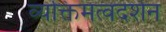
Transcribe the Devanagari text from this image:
व्यक्तिमत्वदर्शन